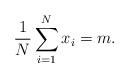
LaTeX: \begin{align*} \frac{1}{N} \sum_{i =1}^{N} x_i = m.\end{align*}